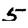
Digit: 5